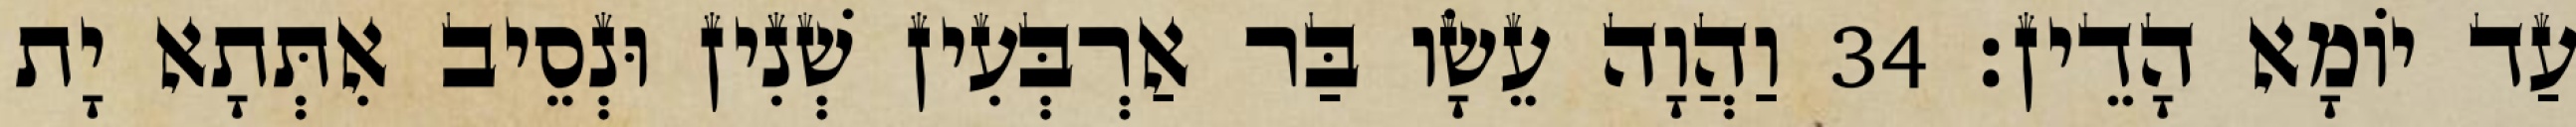
עַד יוֹמָא הָדֵין׃ 34 וַהֲוָה עֵשָׂו בַּר אַרְבְּעִין שְׁנִין וּנְסֵיב אִתְּתָא יָת